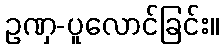
ဥဏှ-ပူလောင်ခြင်း။